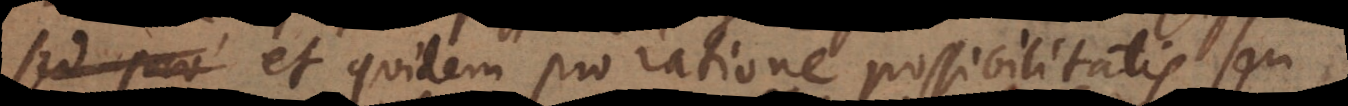
et quidem pro ratione possibilitatis seu